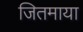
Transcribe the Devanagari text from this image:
जितमाया